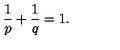
\frac { 1 } { p } + \frac { 1 } { q } = 1 .